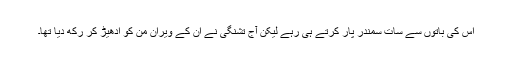
اس کی باتوں سے سات سمندر پار کرتے ہی رہے لیکن آج تشنگی نے ان کے ویران من کو ادھیڑ کر رکھ دیا تھا۔